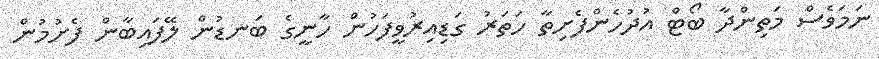
ނަމަވެސް މަތިންދާ ބޯޓް އުދުހެންފެށިތާ ހަތަރު ގަޑިއިރުވީފަހުން ހާނީގެ ބަނޑުން ލޭފައިބާން ފެށުމުން